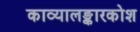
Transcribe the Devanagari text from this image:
काव्यालङ्कारकोश